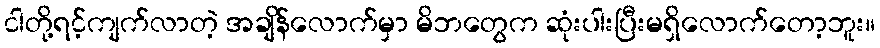
ငါတို့ရင့်ကျက်လာတဲ့ အချိန်လောက်မှာ မိဘတွေက ဆုံးပါးပြီးမရှိလောက်တော့ဘူး။